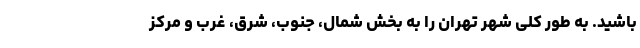
باشید. به طور کلی شهر تهران را به بخش شمال، جنوب، شرق، غرب و مرکز